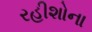
રહીશોના